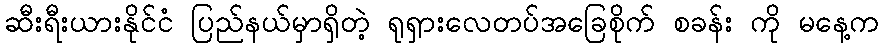
ဆီးရီးယားနိုင်ငံ ပြည်နယ်မှာရှိတဲ့ ရုရှားလေတပ်အခြေစိုက် စခန်း ကို မနေ့က